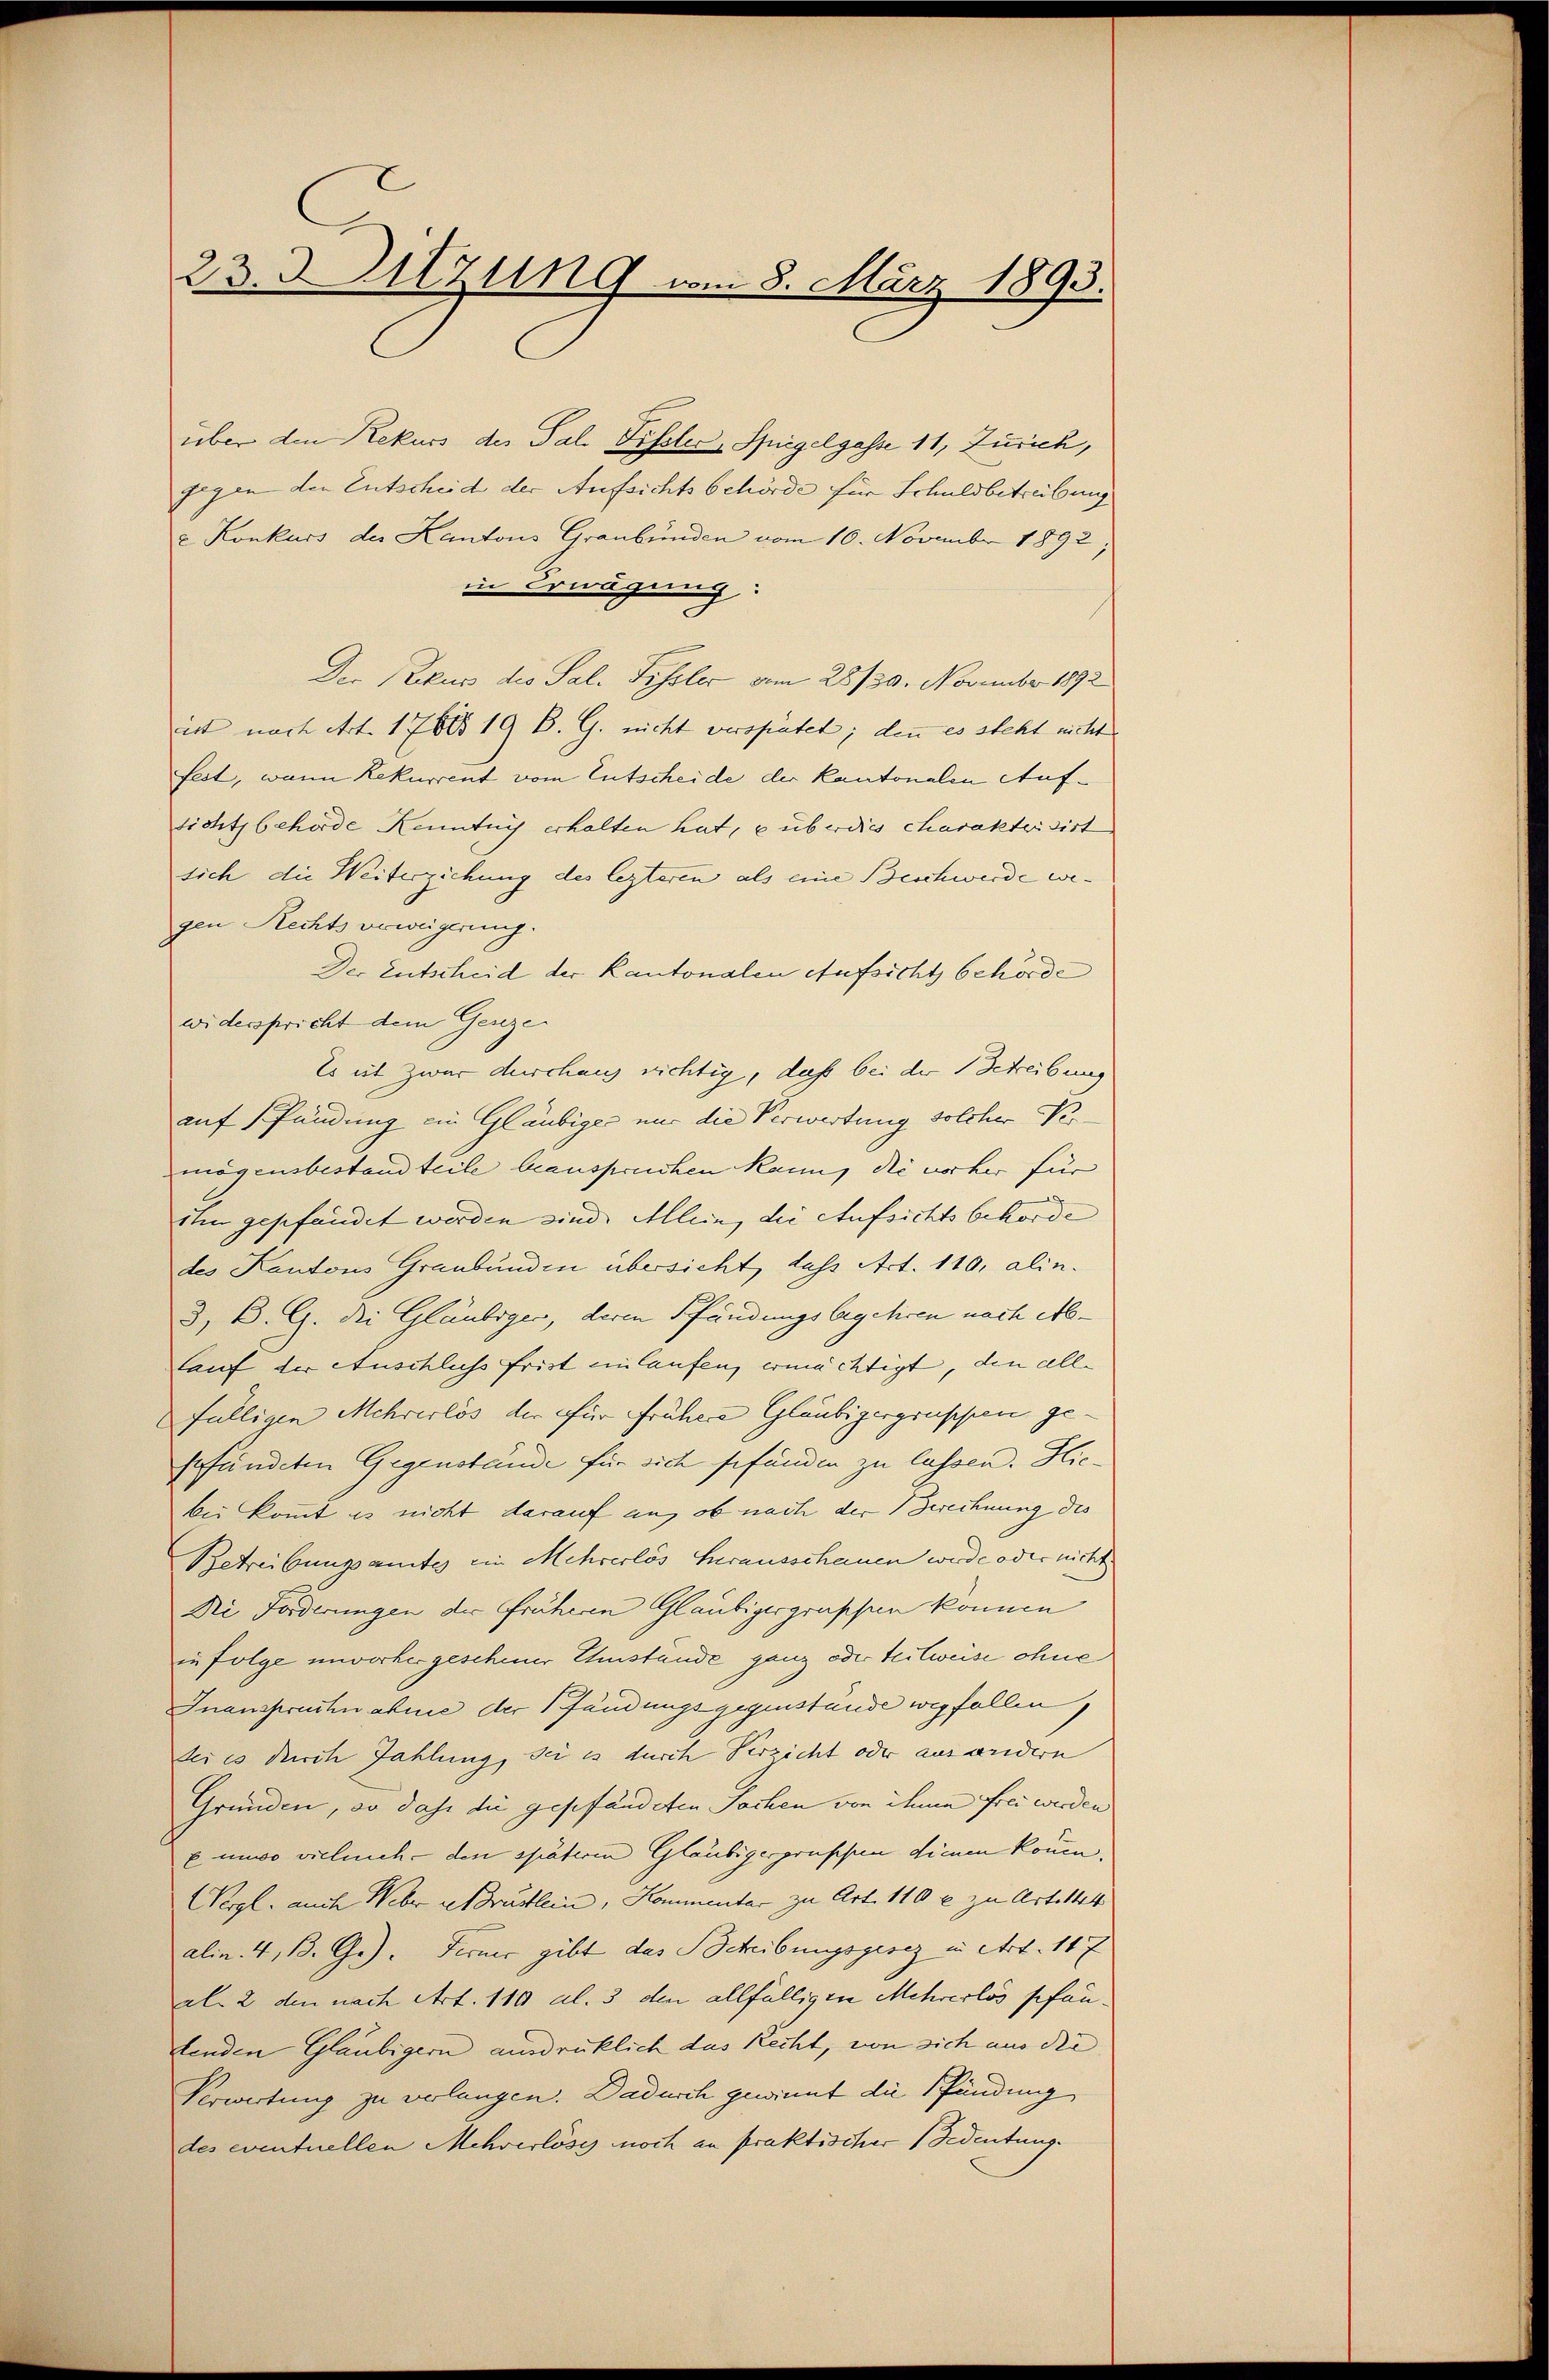
23. 3. Sitzung vom 8. März 1893.

über den Rekurs des Pal. Fissler, Spiegelgasse 11, Zürich,
gegen der Entscheid der Aufsichtsbehörde für Schuldbetreibung
u. Konkurs der Kantons Graubünden vom 10. November 1892
in Erwägung:
Der Rekus die Sal. Fissler vom 28/30. November 1892
ist nach Art. 17865 19 B. G. nicht verspätet; denn es steht nicht
fest, wann Rekurrent vom Entscheide der Kantonalen Aufsichtsbehörde Kenntnis erhalten hat, e überdies charakterisirt
sich die Weiterziehung des lezteren als eine Beschweide wegen Rechts verweigerung.
Der Entscheid der Kantonalen Aufsicht behörde
widerspricht dem Genzer
Es ist zwar durchaus nichtig, daß bei der Schreibung
auf Pfändung ein Gläubiger nur die Verwertung solcher Ver
mögensbestandteile beanspruchen kann, die vorher für
ihm gepfändet werden sind. Allein, die Aufsichtsbehörde
des Kantons Graubünden übersicht, daß Act. 110, alin¬
1
3, B. G. die Gläubiger, deren Pfändungsbegehren nach Ablauf der Auschlichs frist einlaufen, ermächtigt, den all-
fälligen Mehrerlös der für Frühere Gläubigergruppen ge-
gefändeten Gegenstände für sich gefunden zu lassen. Hiebei kommt es nicht darauf an, ob nach der Berechnung des
Betreibungsamtes ein Mehrerlös herausschauen werde oder nicht
Ni Forderungen der früheren Gläubigergraschen können
in folge unvorhergescheiner Ehnstande ganz oder teilweise ohne
Inanspruchnahme der Pfändungsgegenstande wegfallen,
des es durch Zahlung, sei es durch Verzicht oder aus andern
Gründen, so dass die geschändeten Sachen von ihme frei werden
Einwo vieleich den späteren Gläubigergruppen dienen könne,
Wergl. auch Weber Abdrüstlein, Kommentar zu Art. 110 l. zu Art. 144
alin. 4, B. Ge). Ferner gibt das Scheibungsgesez in Art. 147
al 2 den nach Art. 110 Al. 3 den allfälligen Mehrerlös pfandenden Glaubigern ausdrücklich das Recht, von sich aus die
Verwertung zu verlangen. Dadurch gewinnt die Pfändung
des eventuellen Mehrerlöses noch an praktischer Bedeutung.